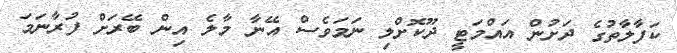
ކަފާލާތުގެ ދަށުން އައްމަޓީ ދޫކޮށްލި ނަމަވެސް އޭނާ މާލެ އިން ބޭރަށް ފުރާނަމަ